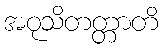
အဝုသိတတ္တာတိ